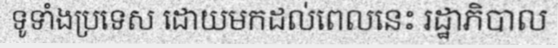
ទូទាំងប្រទេស ដោយមកដល់ពេលនេះ រដ្ឋាភិបាល